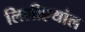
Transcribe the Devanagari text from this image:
लिलीएथांल